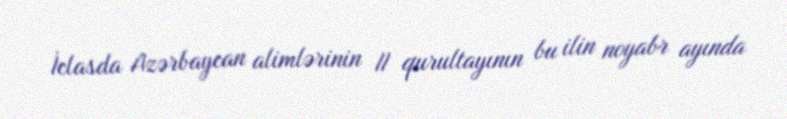
İclasda Azərbaycan alimlərinin II qurultayının bu ilin noyabr ayında